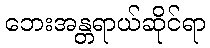
ဘေးအန္တရာယ်ဆိုင်ရာ